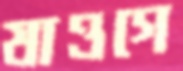
যাওগে